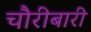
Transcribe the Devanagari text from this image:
चौरीबारी